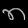
Digit: ၈